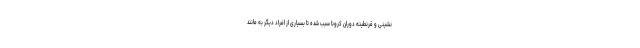
نشینی و قرنطینه دوران کرونا سبب شده تا بسیاری از افراد دیگر به مانند